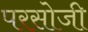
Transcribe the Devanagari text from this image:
परसोजी